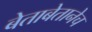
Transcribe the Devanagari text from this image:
बेताबेतानेच